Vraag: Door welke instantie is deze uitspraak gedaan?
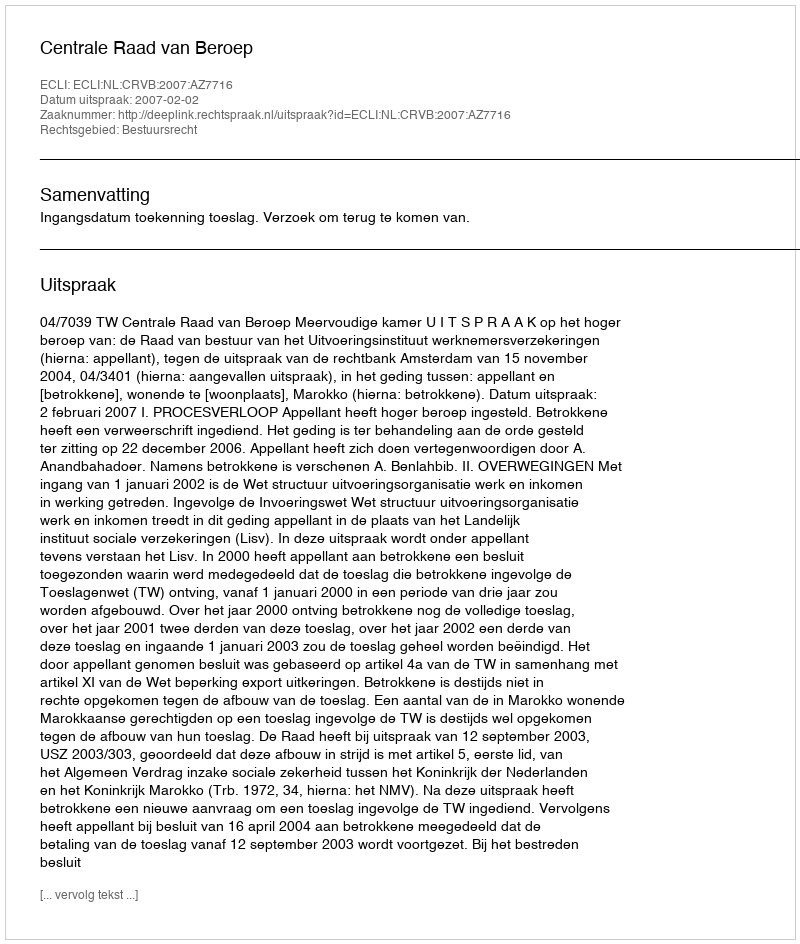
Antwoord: Centrale Raad van Beroep